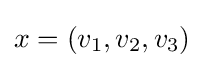
x=(v_{1},v_{2},v_{3})